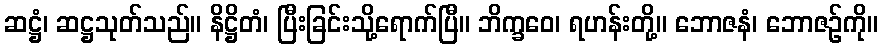
ဆဋ္ဌံ၊ ဆဋ္ဌသုတ်သည်။ နိဋ္ဌိတံ၊ ပြီးခြင်းသို့ရောက်ပြီ။ ဘိက္ခဝေ၊ ရဟန်းတို့။ ဘောဇနံ၊ ဘောဇဉ်ကို။